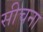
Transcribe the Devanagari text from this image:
सीचना